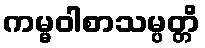
ကမ္မဝါစာသမ္ပတ္တိ